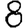
Digit: 8